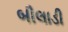
બીલાડી